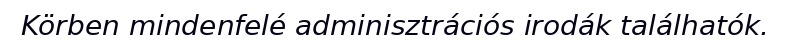
Körben mindenfelé adminisztrációs irodák találhatók.